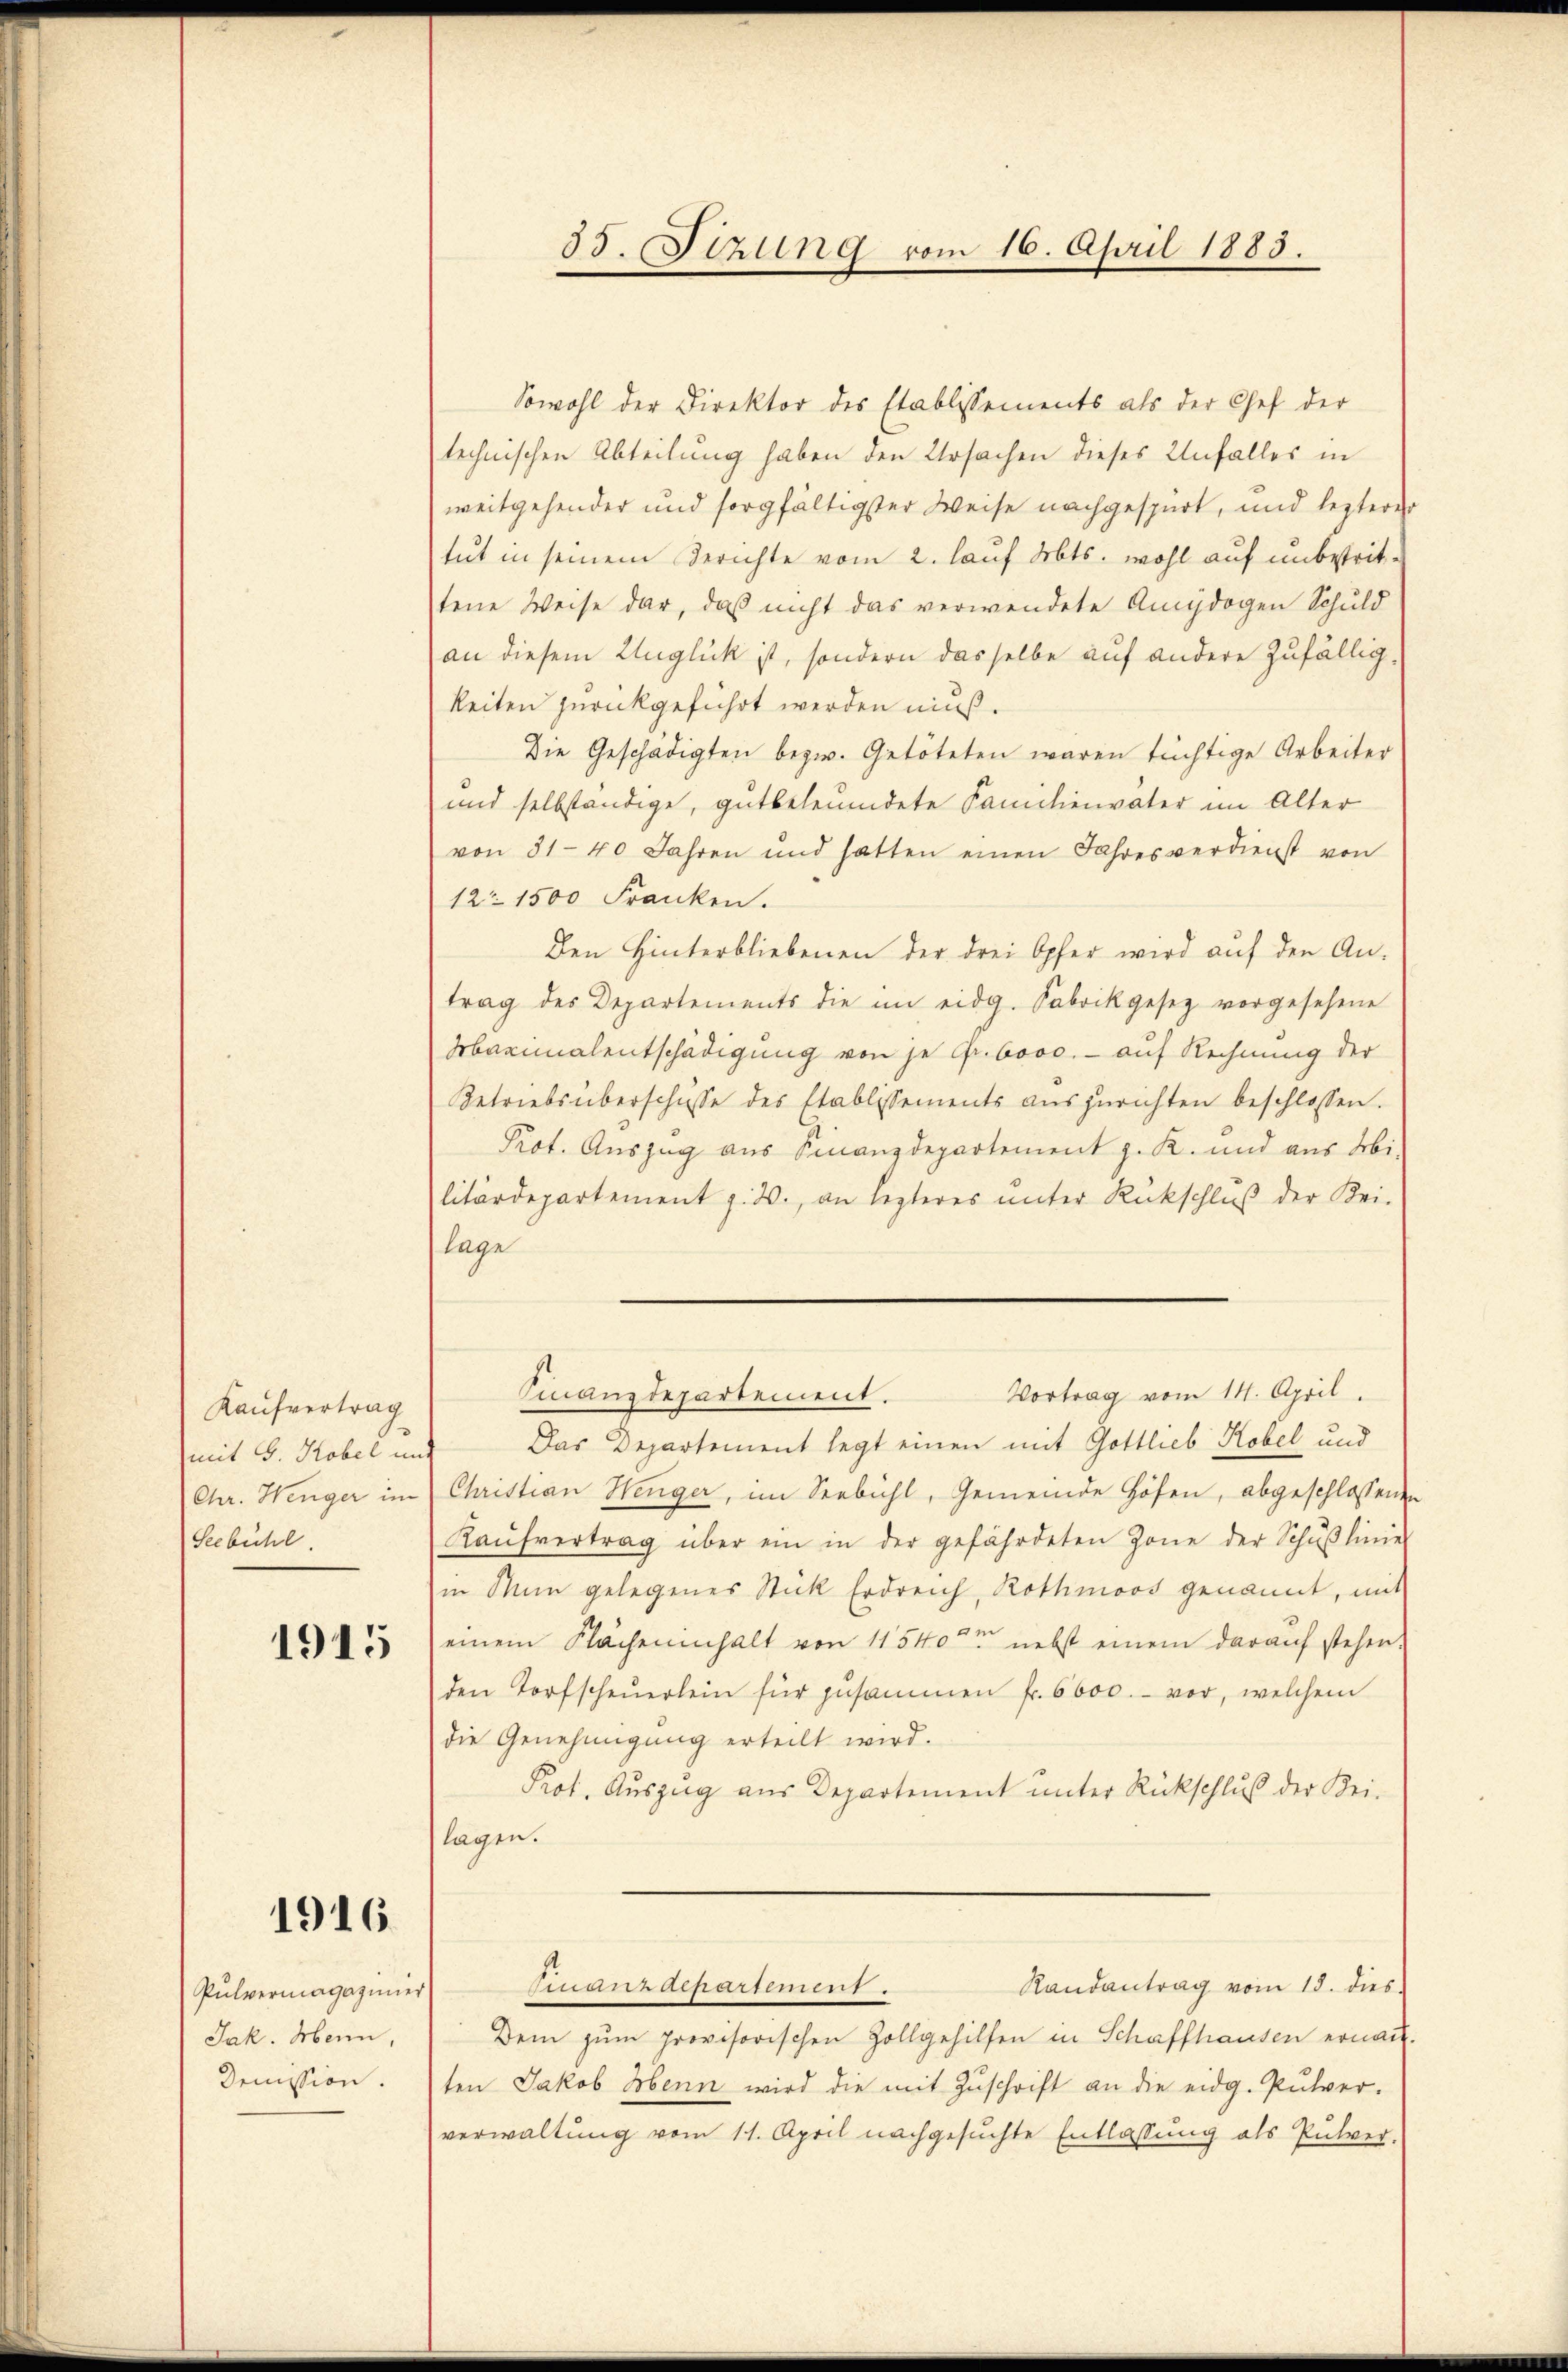
Kaufvertrag
mit G. Kobel um
(Chr. Henger im
Seebühl.

1915

1916

Pulvermagaziner
Jak. Mein,
Demission.

58. Sizung vom 16. April 1883.

Sowohl der Direktor des Etablissements als der Chef der
technischen Abteilung haben den Ursachen dieses Unfalles in
weitgehender und sorgfältigster Weise nachgespürt, und lezterer
tut in seinem Berichte vom 2. lauf Mts. wohl auf unbestrittene Weise dar, daß nicht das verwendete Amydogen Schuld
an diesem Zuglück ist, sondern dasselbe auf andere zufälligkeiten zurückgeführt werden muß.
Die Geschädigten bezw. Getöteten waren tüchtige Arbeiter
und selbständige, gutbeleumdete Familienvater im Alter
von 81-40 Jahren und hatten einen Jahresverdienst von
12. 1500 Franken.
Den Hinterbliebenen der drei Opfer wird aŭf den An-
trag des Departements die im eidg. Sabrikgesetz vorgesehene
Arbarinalentschädigung von je Fr. booc. - auf Rechnung der
Betriebsüberschüsse des Etablissements aŭszŭrichten beschlossen.
Prot. Auszug aus Finanzdepartement z. K. und aus Wi
litärdepartement p. 20. an lezteres ŭnter Rückschlŭβ der Kei-
lage
Vortrag vom 14. April.
Finanzdepartement.
Das Departement legt einen mit Gottlieb Kobel und
Christian Wenger, im Seebühl, Gemeinde Höfen, abgeschlossenen
Kaŭfvertrag über ein in der gefährdeten Zone der Schŭβlinie
in Man gelegenes Stick Erdreich, Rothmoos genannt, mit
einem Flächeninhalt von 115400 nebst einem darauf stehen.
den Torfscheuerlein für zusammen fr. 6000.- vor, welchem
die Genehmigung erteilt wird.
Prot. Auszug aus Departement unter Rückschluß der Kei-
lagen.
Finanzdepartement
Randantrag vom 13. dies
Dem zum provisorischen Zollgehilfen in Schaffhausen ernach.
ten Jakob Henn wird die mit Zuschrift an die eidg. Pulver-
verwaltung vom 11. April nachgesuchte Entlassung als Pulver-